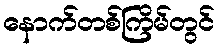
နောက်တစ်ကြိမ်တွင်